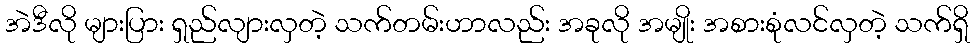
အဲဒီလို များပြား ရှည်လျားလှတဲ့ သက်တမ်းဟာလည်း အခုလို အမျိုး အစားစုံလင်လှတဲ့ သက်ရှိ